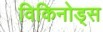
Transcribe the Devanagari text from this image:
विकिनोड्स